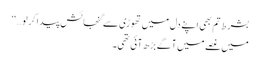
بشرط تم بھی اپنے دل میں تھوڑی سے گنجائش پیدا کر لو…‘‘
میں غصے میں آگے بڑھ آئی تھی۔